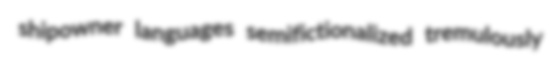
shipowner languages semifictionalized tremulously